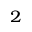
^ 2